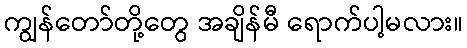
ကျွန်တော်တို့တွေ အချိန်မီ ရောက်ပါ့မလား။